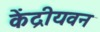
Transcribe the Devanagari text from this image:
केंद्रीयवन